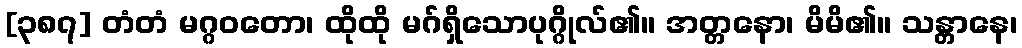
[၃၈၇] တံတံ မဂ္ဂဝတော၊ ထိုထို မဂ်ရှိသောပုဂ္ဂိုလ်၏။ အတ္တနော၊ မိမိ၏။ သန္တာနေ၊